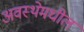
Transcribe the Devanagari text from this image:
अवस्थेमधील